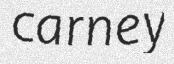
carney